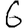
Digit: 6